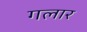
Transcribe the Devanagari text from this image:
गलार